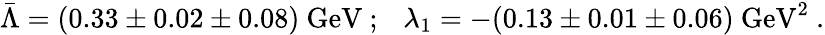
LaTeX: \bar{\Lambda}=(0.33\pm 0.02\pm 0.08)~\mathrm{GeV}~;~~~\lambda_{1}=-(0.13\pm 0.01\pm 0.06)~\mathrm{GeV}^{2}~.